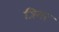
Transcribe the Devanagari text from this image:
त्रिमर